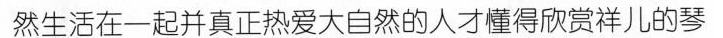
然生活在一起并真正热爱大自然的人才懂得欣赏祥儿的琴